Annual administration report of the Civil Veterinary Department of India - 1908-1909
Year: 1908
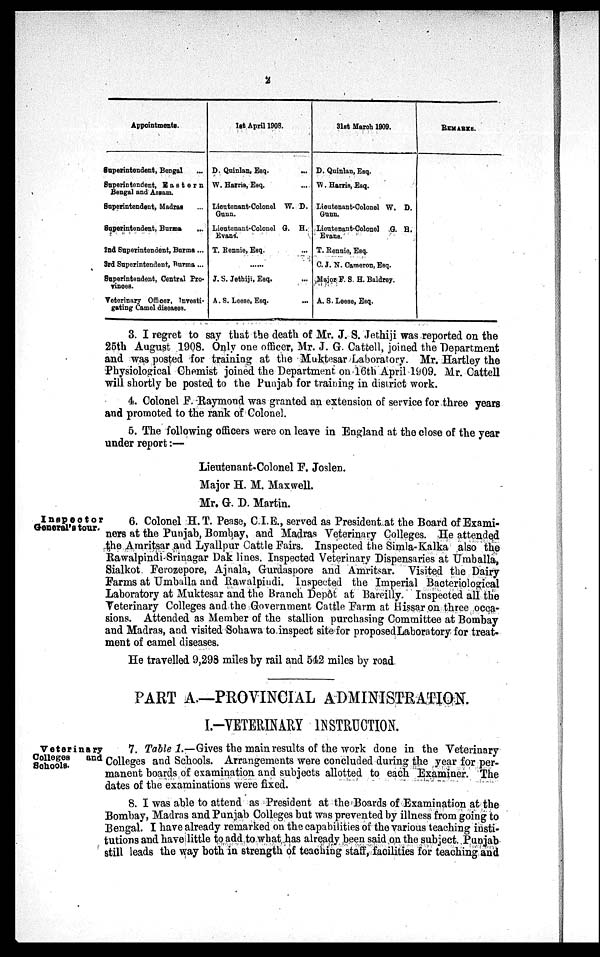
2
Appointments.
Superintendent, Bengal ...
Superintendent, Eastern
Bengal and Assam.
Superintendent, Madras ...
Superintendent, Burma
...
2nd Superintendent, Burma ...
3rd Superintendent, Burma ...
Superintendent, Central Pro-
vinoes.
Veterinary Officer, Investi-
gating Camel diseases.
1st April 1908.
D. Quinlan, Esq.
...
W. Harris, Esq. ...
Lieutenant-Colonel W. D.
Gunn.
Lieutenant-Colonel G. H.
Evans.
T. Rennie, Esq. ...
J. S. Jethiji, Esq. ...
A. S. Leese, Esq. ..
31at March 1909.
D. Quinlan, Esq.
W. Harris, Esq.
Lieutenant-Colonel W. D.
Gunn.
Lieutenant-Colonel
G. H.
Evans.
T. Rennie, Esq.
C. J. N. Cameron, Esq.
Major P. S. H. Baldrey.
A. S. Leese, Esq.
REMARKS.
3. I regret to say that the death of Mr. J. S. Jethiji was reported on the
25th August 1908. Only one officer, Mr. J. G. Cattell, joined the Department
and was posted for training at the Muktesar Laboratory. Mr. Hartley the
Physiological Chemist joined the Department on 16th April 1909. Mr. Cattell
will shortly be posted to the Punjab for training in district work.
4. Colonel F. Raymond was granted an extension of service for three years
and promoted to the rank of Colonel.
5. The following officers were on leave in England at the close of the year
under report:—
Lieutenant-Colonel F. Joslen.
Major H. M. Maxwell.
Mr. G. D. Martin.
Inspector
General's tour.
6. Colonel H.T. Pease, C.I.E., served as President at the Board of Exami-
ners at the Punjab, Bombay, and Madras Veterinary Colleges. He attended
the Amritsar and Lyallpur Cattle Fairs. Inspected the Simla-Kalka also the
Rawalpindi-Srinagar Dak lines. Inspected Veterinary Dispensaries at Umballa,
Sialkot Ferozepore, Ajnala, Gurdaspore and Amritsar. Visited the Dairy
Farms at Umballa and Rawalpindi. Inspected the Imperial Bacteriological
Laboratory at Muktesar and the Branch Depôt at Bareilly. Inspected all the
Veterinary Colleges and the Government Cattle Farm at Hissar on three occa-
sions. Attended as Member of the stallion purchasing Committee at Bombay
and Madras, and visited Sohawa to inspect site for proposed Laboratory for treat-
ment of camel diseases.
He travelled 9,298 miles by rail and 542 miles by road.
PART A.—PROVINCIAL ADMINISTRATION.
I.-VETERINARY INSTRUCTION.
Veterinary
Colleges
and
Schools.
7. Table 1.—Gives the main results of the work done in the Veterinary
Colleges and Schools. Arrangements were concluded during the year for per-
manent boards of examination and subjects allotted to each Examiner. The
dates of the examinations were fixed.
8. I was able to attend as President at the Boards of Examination at the
Bombay, Madras and Punjab Colleges but was prevented by illness from going to
Bengal. I have already remarked on the capabilities of the various teaching insti-
tutions and have little to add to what has already been said on the subject. Punjab
still leads the way both in strength of teaching staff, facilities for teaching and